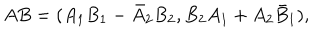
LaTeX: A B = ( A _ { 1 } B _ { 1 } - \bar { A } _ { 2 } B _ { 2 } , B _ { 2 } A _ { 1 } + A _ { 2 } \bar { B } _ { 1 } ) ,